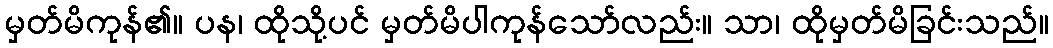
မှတ်မိကုန်၏။ ပန၊ ထိုသို့ပင် မှတ်မိပါကုန်သော်လည်း။ သာ၊ ထိုမှတ်မိခြင်းသည်။